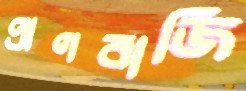
প্রাণবাজি